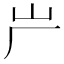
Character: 屵